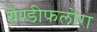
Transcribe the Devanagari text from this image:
ग्रैण्डीफलोरा